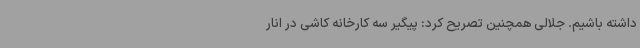
داشته باشیم. جلالی همچنین تصریح کرد: پیگیر سه کارخانه کاشی در انار